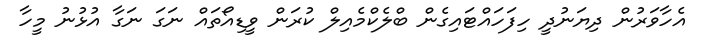
އެހާވަރުން ދިޔަނުދީ ހިފަހައްޓައިގެން ބްލެކްމެއިލް ކުރަން ވީޑިއޯތައް ނަގަ ނަގާ އުޅުނު މީހާ